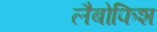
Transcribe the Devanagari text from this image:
लैबोफिश